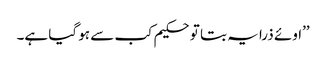
’’اوئے ذرا یہ بتا تو حکیم کب سے ہو گیا ہے۔